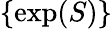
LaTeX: \{ \exp(S)\}